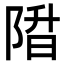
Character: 陹